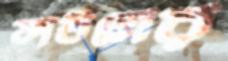
ফাউলের